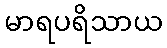
မာရပရိသာယ